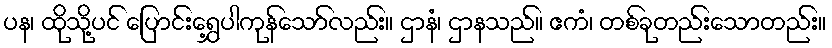
ပန၊ ထိုသို့ပင် ပြောင်းရွှေ့ပါကုန်သော်လည်း။ ဌာနံ၊ ဌာနသည်။ ဧကံ၊ တစ်ခုတည်းသောတည်း။